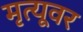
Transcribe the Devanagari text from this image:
मृत्‍यूवर